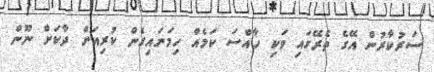
ސަރުކާރުން އޭގެ ތެރޭގައި ވަކި ހާއްސަ ކަމެއް ހިމަނައިގެން ކުރިއަށް ދާކަށް ނޫން